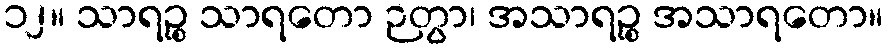
၁၂။ သာရဉ္စ သာရတော ဉတွာ၊ အသာရဉ္စ အသာရတော။